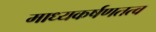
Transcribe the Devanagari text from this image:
माध्यकर्षणतत्व